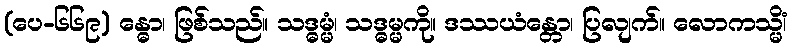
(ပေ-၆၆၉) န္ဓော၊ ဖြစ်သည်။ သဒ္ဓမ္မံ၊ သဒ္ဓမ္မကို။ ဒဿယံန္တော၊ ပြလျက်။ လောကသ္မိံ၊